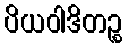
ပိယဝါဒိတဉ္စ